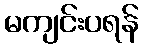
မကျင်းပရန်